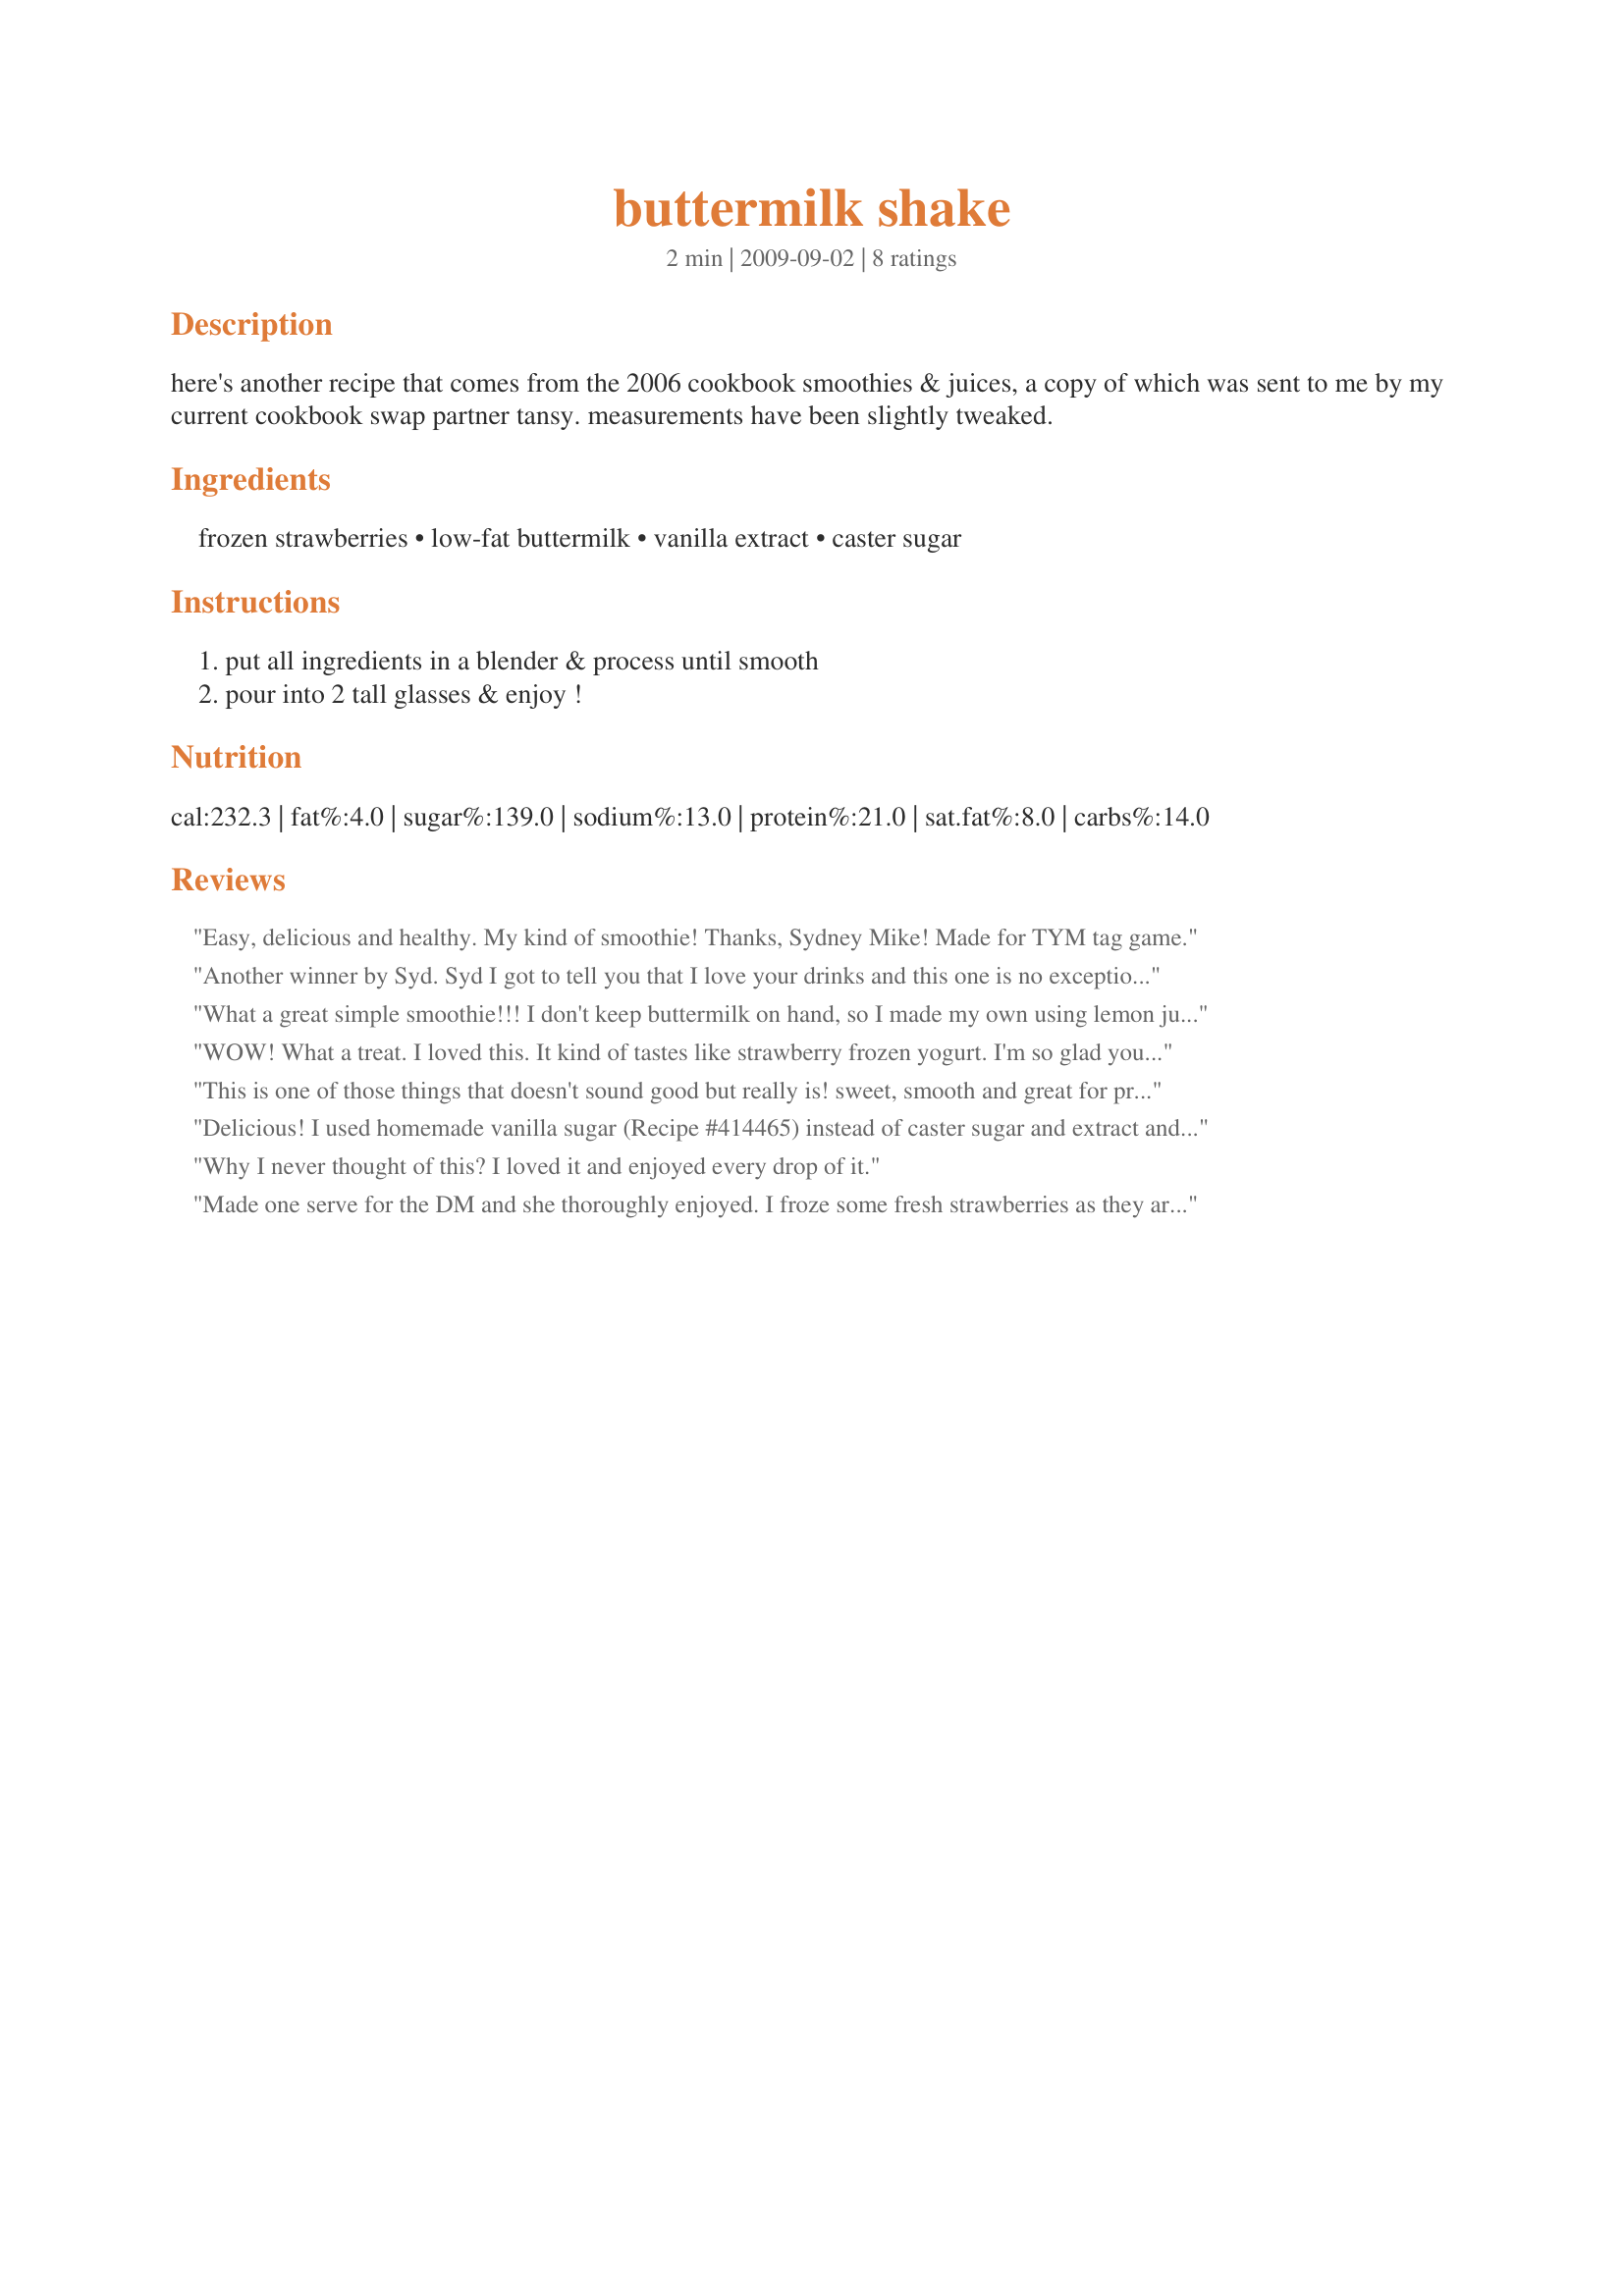
buttermilk shake
Preparation time: 2 minutes

here's another recipe that comes from the 2006 cookbook smoothies & juices, a copy of which was sent to me by my current cookbook swap partner tansy. measurements have been slightly tweaked.

Ingredients:
frozen strawberries, low-fat buttermilk, vanilla extract, caster sugar

Steps:
put all ingredients in a blender & process until smooth, pour into 2 tall glasses & enjoy !

Reviews:
Easy, delicious and healthy. My kind of smoothie! Thanks, Sydney Mike! Made for TYM tag game.
Another winner by Syd. Syd I got to tell you that I love your drinks and this one is no exception. I have never tried drinking buttermilk before and man am I converted. This drink is wonderful, full of strawberry flavor, sweet and tangy all at once. I drank the whole pitcher myself, breakfast and lunch. Thank you so much for sharing.
What a great simple smoothie!!! I don't keep buttermilk on hand, so I made my own using lemon juice and 2% milk, then let it sit for 15 minutes. I made it for 1 serving and the only other change I made was to only add 1 tsp sugar instead of 1 tbsp, as the strawberries were nice and sweet. Thanks for sharing another great smoothie recipe. Made for 123 Tag Game.
WOW! What a treat. I loved this. It kind of tastes like strawberry frozen yogurt. I'm so glad you posted this recipe. I'll be making it again very soon.
This is one of those things that doesn't sound good but really is! sweet, smooth and great for providing energy for the rest of teh day!
Delicious! I used homemade vanilla sugar (Recipe #414465) instead of caster sugar and extract and cut the recipe down to make one serving. I loved the flavour and plan on making this regularly. Made for Veggie Swap 38.
Why I never thought of this? I loved it and enjoyed every drop of it.
Made one serve for the DM and she thoroughly enjoyed. I froze some fresh strawberries as they are plentiful and very reasonably priced at the moment and I didn't use the added sugar as I felt the strawberries and the vanilla essence was all it really needed. Thank you Sydney Mike, made for Almost 5 tag game.
